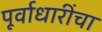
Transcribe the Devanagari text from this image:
पूर्वाधारींचा